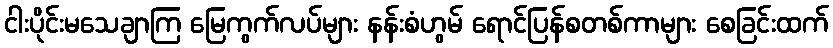
ငါးပိုင်းမသေချာကြ မြေကွက်လပ်များ နန်းစံဟွမ် ရောင်ပြန်စတစ်ကာများ စေခြင်းထက်